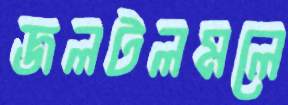
জলটলমলে